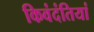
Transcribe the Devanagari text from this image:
किवंदंतियां